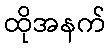
ထိုအနက်